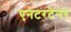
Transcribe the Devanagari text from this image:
एनटरटेनर